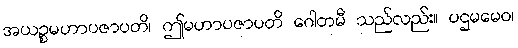
အယဉ္စမဟာပဇာပတိ၊ ဤမဟာပဇာပတိ ဂေါတမီ သည်လည်း။ ပဌမမေဝ၊